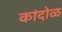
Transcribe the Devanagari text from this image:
कांदोळ